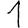
Digit: 1